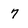
Character: 7